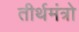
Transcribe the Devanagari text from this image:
तीर्थमंत्रो